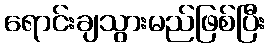
ရောင်းချသွားမည်ဖြစ်ပြီး